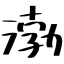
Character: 渤